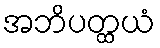
အဘိပတ္ထယံ